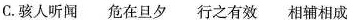
C.骇人听闻 危在旦夕 行之有效 相辅相成